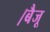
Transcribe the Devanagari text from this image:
।बैजू